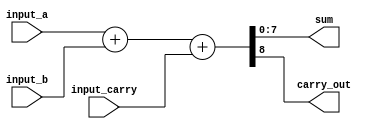
module comb_logic_carry_save_adder(
    input [7:0] input_a,
    input [7:0] input_b,
    input [7:0] input_carry,
    output [7:0] sum,
    output carry_out
);

// Combinational logic to perform carry save addition
assign {carry_out, sum} = input_a + input_b + input_carry;

endmodule